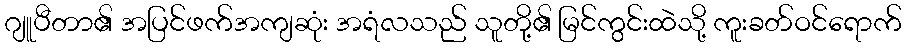
ဂျူပီတာ၏ အပြင်ဖက်အကျဆုံး အရံလသည် သူတို့၏ မြင်ကွင်းထဲသို့ ကူးခတ်ဝင်ရောက်